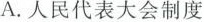
A.人民代表大会制度